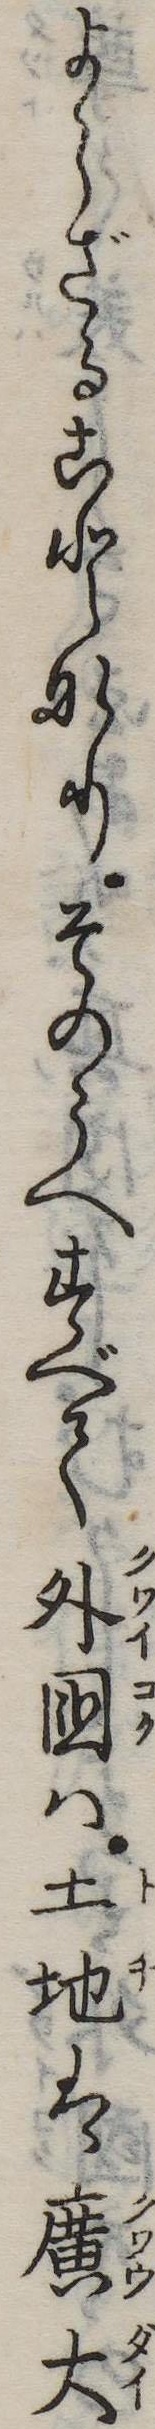
よらざることなりそのうへすべて外国は土地は広大